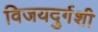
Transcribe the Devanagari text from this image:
विजयदुर्गशी